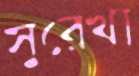
সুরেখা